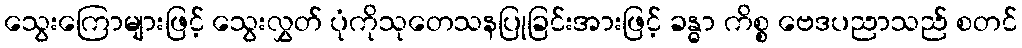
သွေးကြောများဖြင့် သွေးလွှတ် ပုံကိုသုတေသနပြုခြင်းအားဖြင့် ခန္ဓာ ကိစ္စ ဗေဒပညာသည် စတင်